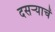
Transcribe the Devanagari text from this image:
दसर्‍याचें